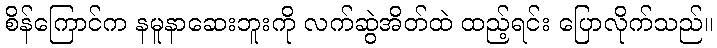
စိန်ကြောင်က နမူနာဆေးဘူးကို လက်ဆွဲအိတ်ထဲ ထည့်ရင်း ပြောလိုက်သည်။